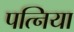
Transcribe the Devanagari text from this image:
पत्निया